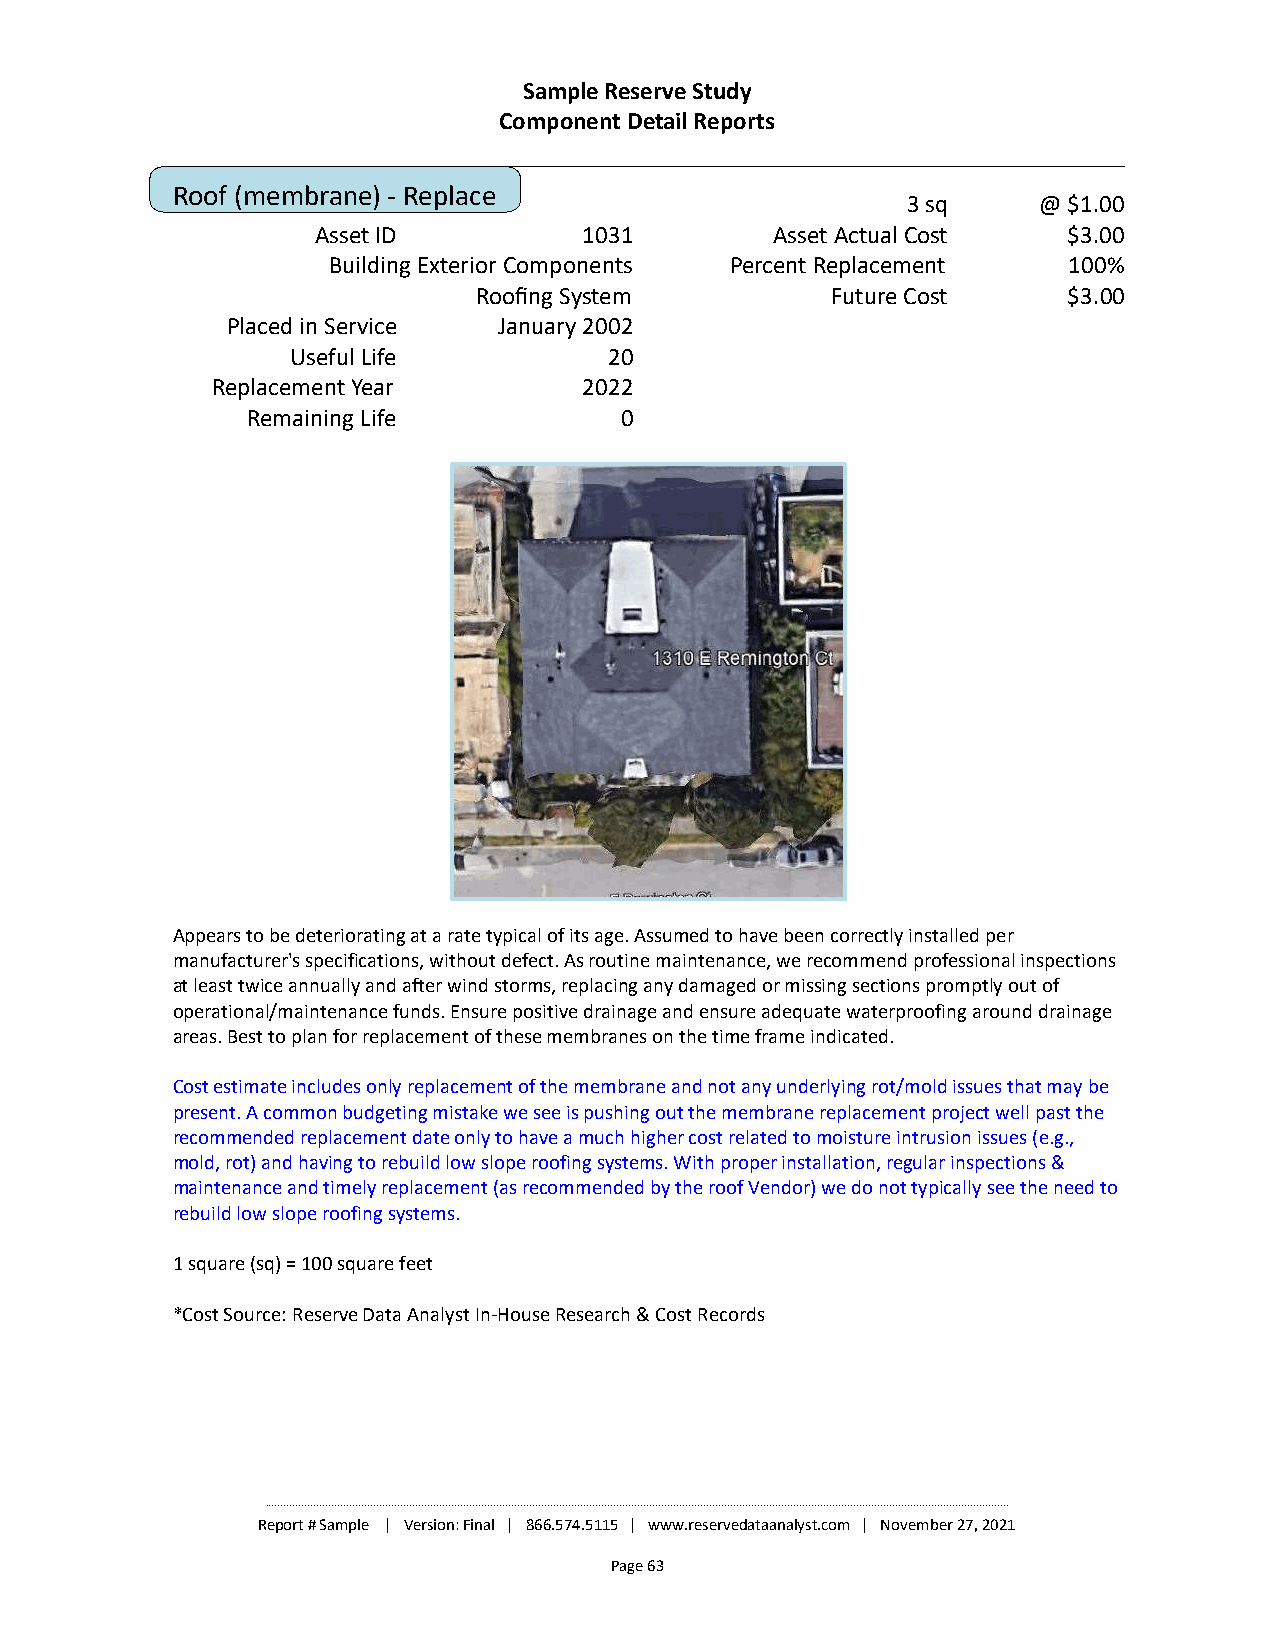
Sample Reserve Study
 Component Detail Reports
 Roof (membrane) - Replace
 3 sq     @ $1.00
 Asset ID          1031        Asset Actual Cost   $3.00
 Building Exterior Components Percent Replacement 100%
 Roofing System         Future Cost     $3.00
 Placed in Service January 2002
 Useful Life          20
 Replacement Year         2022
 Remaining Life           0
 Appears to be deteriorating at a rate typical of its age. Assumed to have been correctly installed per
 manufacturer's specifications, without defect. As routine maintenance, we recommend professional inspections
 at least twice annually and after wind storms, replacing any damaged or missing sections promptly out of
 operational/maintenance funds. Ensure positive drainage and ensure adequate waterproofing around drainage
 areas. Best to plan for replacement of these membranes on the time frame indicated.
 Cost estimate includes only replacement of the membrane and not any underlying rot/mold issues that may be
 present. A common budgeting mistake we see is pushing out the membrane replacement project well past the
 recommended replacement date only to have a much higher cost related to moisture intrusion issues (e.g.,
 mold, rot) and having to rebuild low slope roofing systems. With proper installation, regular inspections &
 maintenance and timely replacement (as recommended by the roof Vendor) we do not typically see the need to
 rebuild low slope roofing systems.
 1 square (sq) = 100 square feet
 *Cost Source: Reserve Data Analyst In-House Research & Cost Records
 ________________________________________________________________________________________________________________________________________________________________________________________________________________________________________________________
 Report # Sample | Version: Final | 866.574.5115 | www.reservedataanalyst.com | November 27, 2021
 Page 63